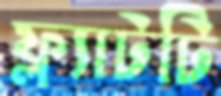
ফ্ল্যাটটি